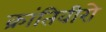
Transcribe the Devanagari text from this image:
क्रांतिवीरो